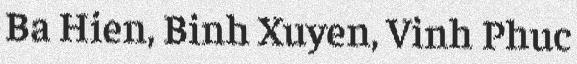
Ba Hien, Binh Xuyen, Vinh Phuc